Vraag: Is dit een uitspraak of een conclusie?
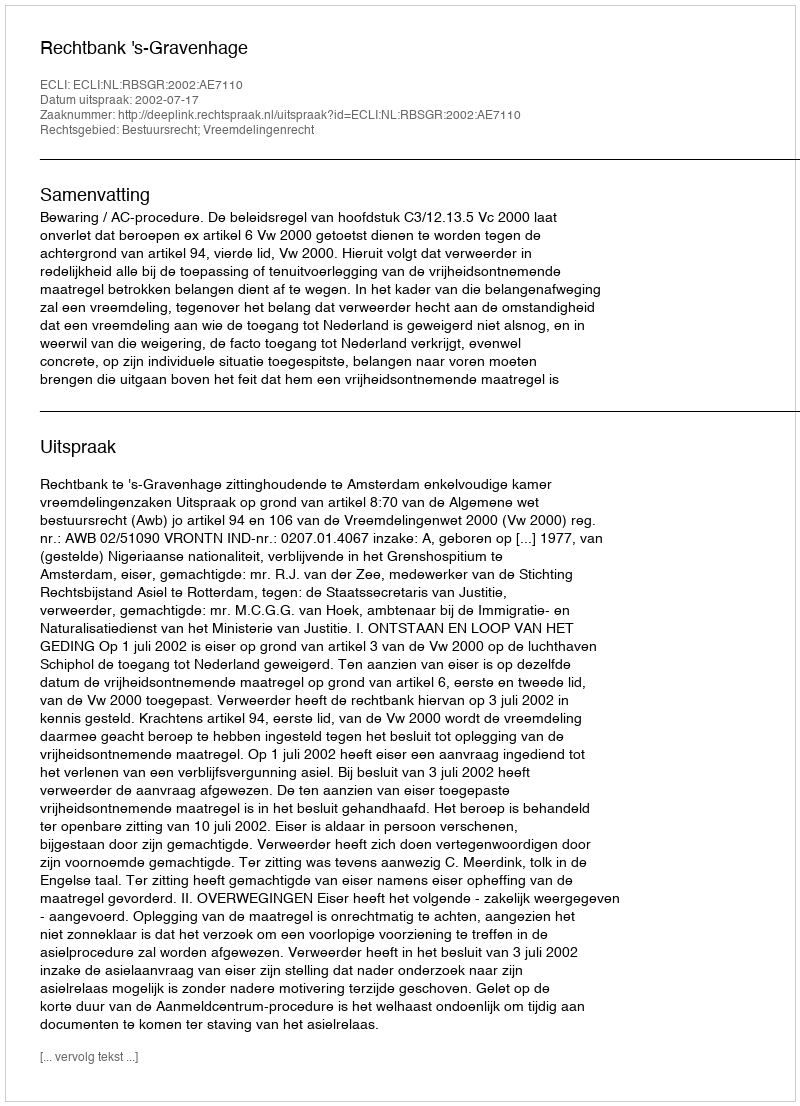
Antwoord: Uitspraak